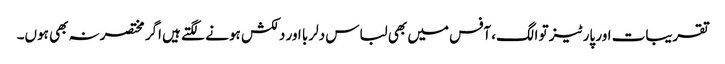
تقریبات اور پارٹیز تو الگ، آفس میں بھی لباس دلربا اور دلکش ہونے لگتے ہیں اگر مختصرنہ بھی ہوں۔